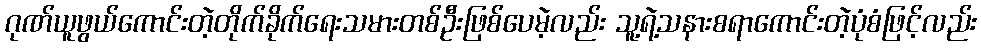
ဂုဏ်ယူဖွယ်ကောင်းတဲ့တိုက်ခိုက်ရေးသမားတစ်ဦးဖြစ်ပေမဲ့လည်း သူ့ရဲ့သနားစရာကောင်းတဲ့ပုံစံဖြင့်လည်း